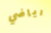
رياضي